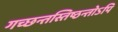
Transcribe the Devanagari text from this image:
गच्छन्तस्तिष्ठन्तोऽपि